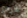
غرائز